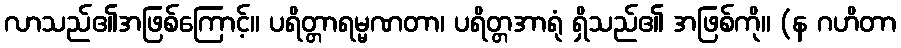
လာသည်၏အဖြစ်ကြောင့်။ ပရိတ္တာရမ္မဏတာ၊ ပရိတ္တအာရုံ ရှိသည်၏ အဖြစ်ကို။ (န ဂဟိတာ